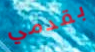
بقدمي